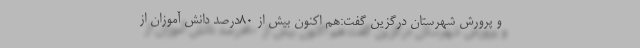
و پرورش شهرستان درگزین گفت:هم اکنون بیش از ۸۰درصد دانش آموزان از